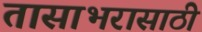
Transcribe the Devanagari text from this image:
तासाभरासाठी